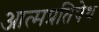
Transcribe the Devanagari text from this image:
आत्मप्रतिषेध